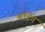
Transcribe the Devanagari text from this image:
बंडिंग